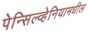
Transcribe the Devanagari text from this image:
पेन्सिल्व्हेनियामधील